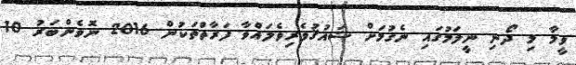
ވީމާ މި ދޯނި ނީލަމުގައި ނެގުމަށް ޝައުޤުވެރިވެލައްވާ ފަރާތްތަކުން 2016 ނޮވެންބަރު 10